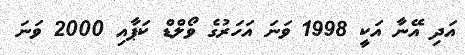
އަދި އޭނާ އަކީ 1998 ވަނަ އަހަރުގެ ވޯލްޑް ކަޕާއި 2000 ވަނަ